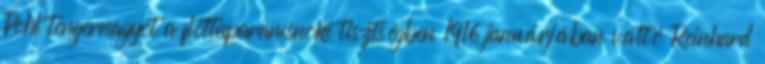
Pohl tengernagyot a flottaparancsnoki tisztségben 1916 januárjában váltó Reinhard